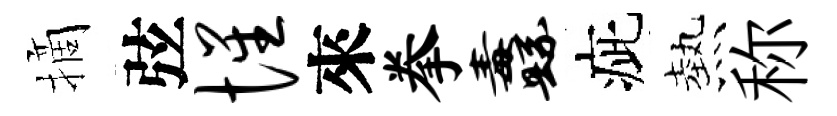
摘弦惺來拳纛疵熱称